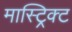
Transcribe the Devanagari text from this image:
मास्ट्रिक्ट